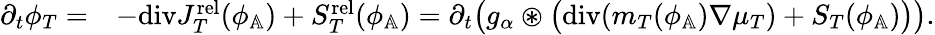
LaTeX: \begin{array}{rl}{\partial_{t}\phi_{T}=}&{-\textup{div}J_{T}^{\textup{rel}}(\phi_{\mathbb{A}})+S_{T}^{\textup{rel}}(\phi_{\mathbb{A}})=\partial_{t}\big(g_{\alpha}\circledast\big(\textup{div}(m_{T}(\phi_{\mathbb{A}})\nabla\mu_{T})+S_{T}(\phi_{\mathbb{A}})\big)\big).}\end{array}